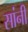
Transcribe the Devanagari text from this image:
सांनी